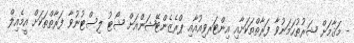
- މަޤާމަށް ޝަރުޠުހަމަނުވާ ފަރާތްތަކަށާއި އިންޓަރވިއުއާއި ޕްރެޒެންޓޭޝަންއަށް ޝޯޓު ލިސްޓުނުވާ ފަރާތްތަކަށް އީމެއިލް